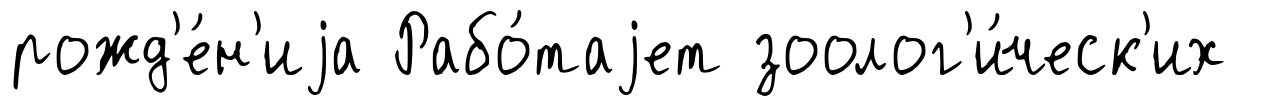
рожд'е́н'иjа Рабо́таjет зоолог'и́ческ'их